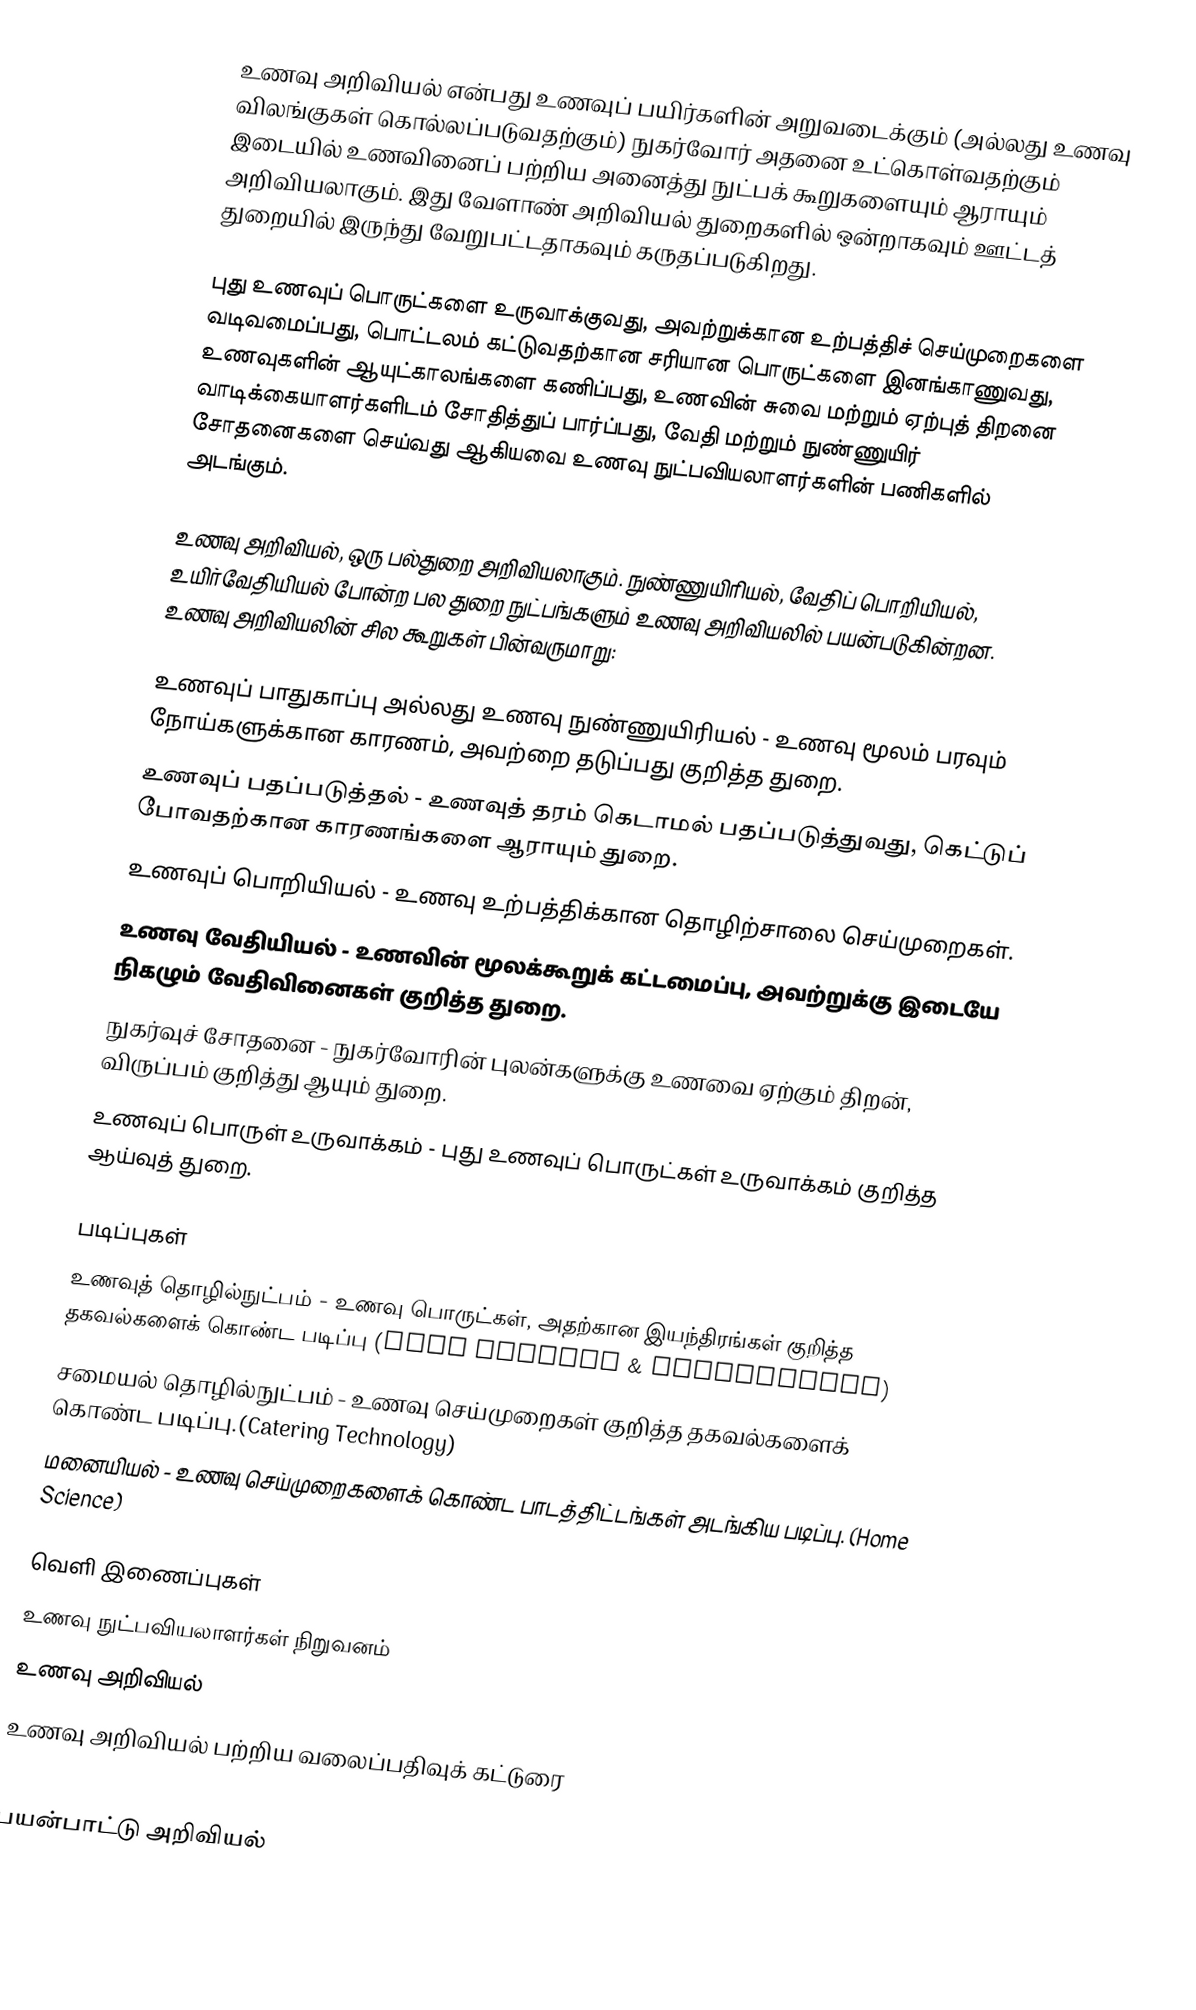
உணவு அறிவியல் என்பது உணவுப் பயிர்களின் அறுவடைக்கும் (அல்லது உணவு விலங்குகள் கொல்லப்படுவதற்கும்) நுகர்வோர் அதனை உட்கொள்வதற்கும் இடையில் உணவினைப் பற்றிய அனைத்து நுட்பக் கூறுகளையும் ஆராயும் அறிவியலாகும். இது வேளாண் அறிவியல் துறைகளில் ஒன்றாகவும் ஊட்டத் துறையில் இருந்து வேறுபட்டதாகவும் கருதப்படுகிறது.

புது உணவுப் பொருட்களை உருவாக்குவது, அவற்றுக்கான உற்பத்திச் செய்முறைகளை வடிவமைப்பது, பொட்டலம் கட்டுவதற்கான சரியான பொருட்களை இனங்காணுவது, உணவுகளின் ஆயுட்காலங்களை கணிப்பது, உணவின் சுவை மற்றும் ஏற்புத் திறனை வாடிக்கையாளர்களிடம் சோதித்துப் பார்ப்பது, வேதி மற்றும் நுண்ணுயிர் சோதனைகளை செய்வது ஆகியவை உணவு நுட்பவியலாளர்களின் பணிகளில் அடங்கும்.

உணவு அறிவியல், ஒரு பல்துறை அறிவியலாகும். நுண்ணுயிரியல், வேதிப் பொறியியல், உயிர்வேதியியல் போன்ற பல துறை நுட்பங்களும் உணவு அறிவியலில் பயன்படுகின்றன. உணவு அறிவியலின் சில கூறுகள் பின்வருமாறு:

 உணவுப் பாதுகாப்பு அல்லது உணவு நுண்ணுயிரியல் - உணவு மூலம் பரவும் நோய்களுக்கான காரணம், அவற்றை தடுப்பது குறித்த துறை.
 உணவுப் பதப்படுத்தல் - உணவுத் தரம் கெடாமல் பதப்படுத்துவது, கெட்டுப் போவதற்கான காரணங்களை ஆராயும் துறை.
 உணவுப் பொறியியல் - உணவு உற்பத்திக்கான தொழிற்சாலை செய்முறைகள்.
 உணவு வேதியியல் - உணவின் மூலக்கூறுக் கட்டமைப்பு, அவற்றுக்கு இடையே நிகழும் வேதிவினைகள் குறித்த துறை.
 நுகர்வுச் சோதனை - நுகர்வோரின் புலன்களுக்கு உணவை ஏற்கும் திறன், விருப்பம் குறித்து ஆயும் துறை.
 உணவுப் பொருள் உருவாக்கம் - புது உணவுப் பொருட்கள் உருவாக்கம் குறித்த ஆய்வுத் துறை.

படிப்புகள்
 உணவுத் தொழில்நுட்பம் - உணவு பொருட்கள், அதற்கான இயந்திரங்கள் குறித்த தகவல்களைக் கொண்ட படிப்பு (Food Science & Engineering)
 சமையல் தொழில்நுட்பம் - உணவு செய்முறைகள் குறித்த தகவல்களைக் கொண்ட படிப்பு.(Catering Technology)
 மனையியல் - உணவு செய்முறைகளைக் கொண்ட பாடத்திட்டங்கள் அடங்கிய படிப்பு. (Home Science)

வெளி இணைப்புகள்
உணவு நுட்பவியலாளர்கள் நிறுவனம்
உணவு அறிவியல்
 உணவு அறிவியல் பற்றிய வலைப்பதிவுக் கட்டுரை

பயன்பாட்டு அறிவியல்